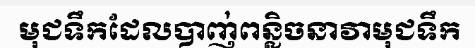
មុជទឹកដែលបាញ់ពន្លិចនាវាមុជទឹក